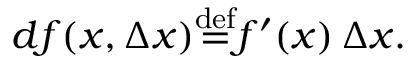
d f ( x , \Delta x ) { \stackrel { \mathrm { d e f } } { = } } f ^ { \prime } ( x ) \, \Delta x .